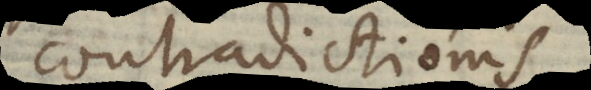
tradictionis